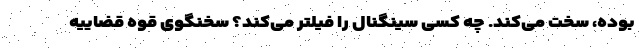
بوده، سخت می‌کند. چه کسی سینگنال را فیلتر می‌کند؟ سخنگوی قوه قضاییه